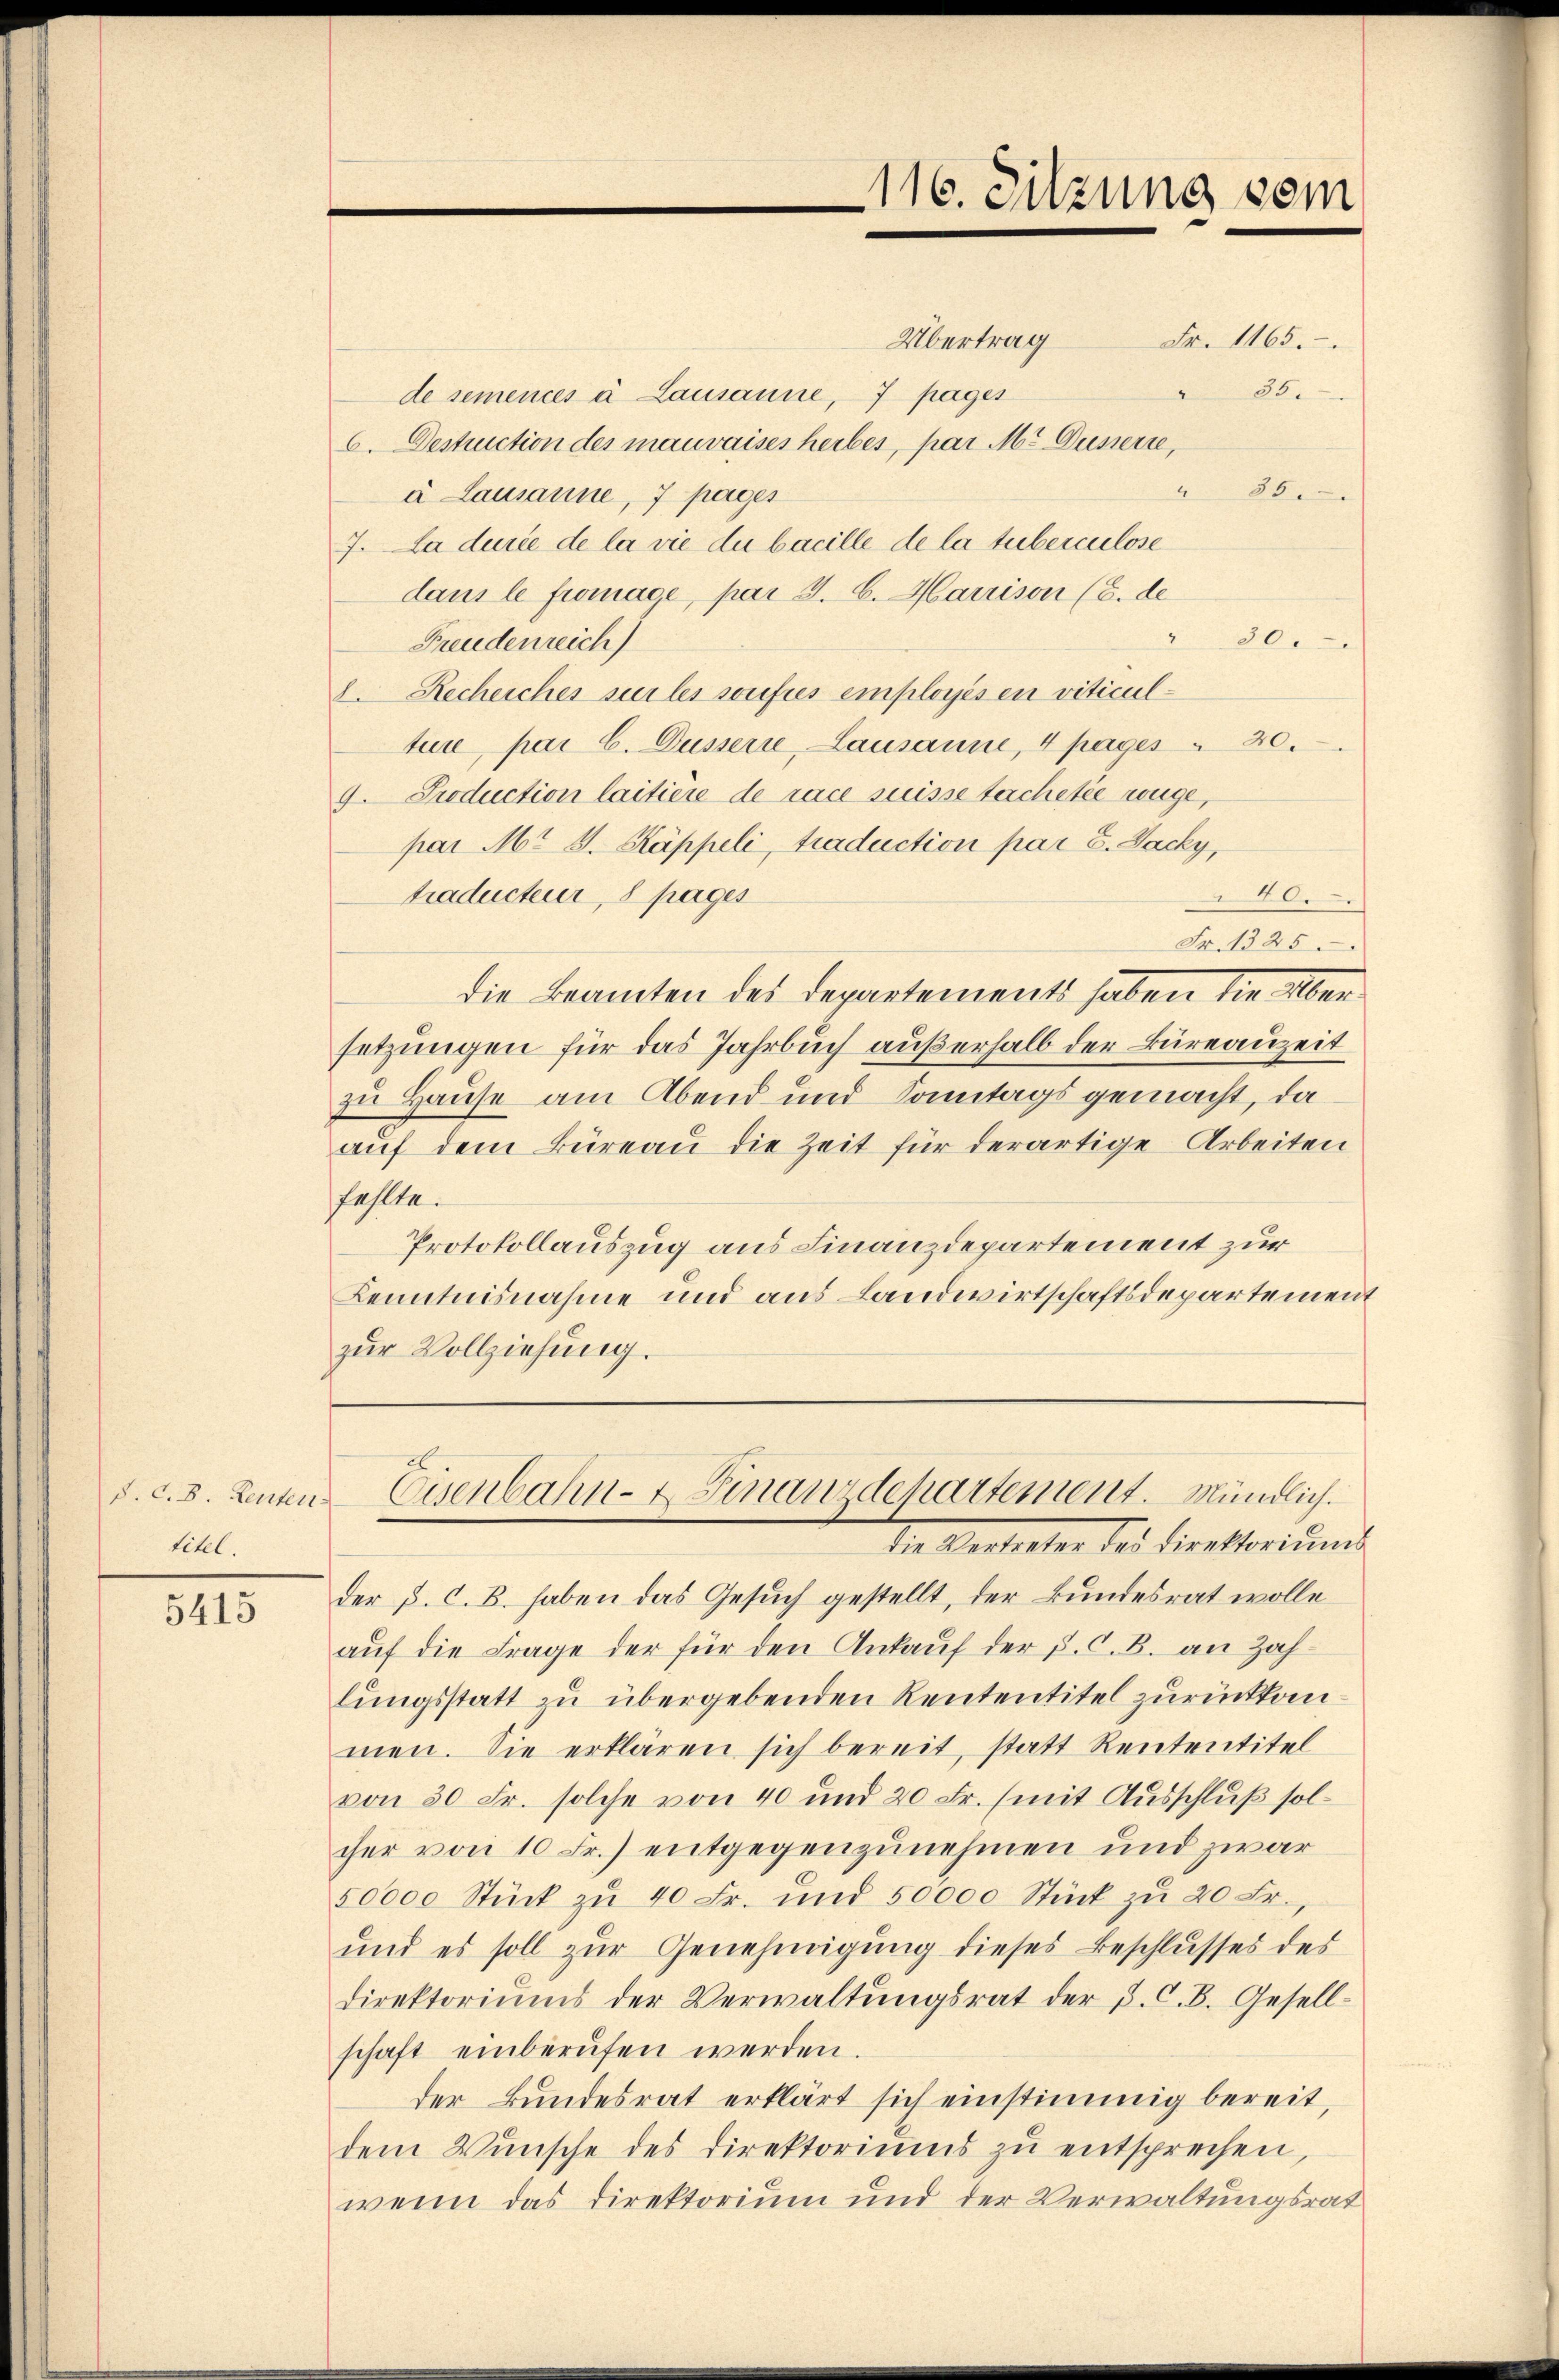
P. C.8. Leuten
titel.

5415

Übertrag
de semencées à Lausanne, 7 pages
6. Destruction des mauvaises herbes, par M. Düsserre,
“
à Lausanne, 7 pages
7. Da durée de la vie du bacille de la tuberculose
dans le fromage, par 3. 6. Marrison (8. de
30.
Freudenreich
2. Recheicher sur les sonifiés employés en viticulture par C. Düssern, Lausanne, 4 pages " 80.
9. Production laitière de race suisse tachetée wege,
par Mt S. Käppeli, traduction par 8. Jacky,
40.
traducteur, 8 pages
Fr. 1325.
die Beamten des Departements haben die Über-
setzungen für das Jahrbuch außerhalb der Büreauzeit
zu Hause am Abend und Sonntagsgemacht, da
aŭf dem Büreau die Zeit für derartige Arbeiten
fehlte.
Protokollauszug aus Finanzdepartement zur
Kenntnisnahme und aus Landwirtschaftsdepartement
zur Vollziehung.

116. Sitzung vom

Fr. 1165.
35.

86.

Eisenbahn- & Finanzdchartement. Mündlich.
die Vertreter bei Direktoriŭms

der p. C. B. haben das Gesuch gestellt, der Bundesrat wolle
auf die Frage der für den Ankauf der P. C. B. an Zahlungsstatt zu übergebenden Rententitel zurückkommen. Sie erklären sich bereit, statt Rententitel
von 30 Fr. solche von 40 und 20 Fr. (mit Ausschluß solcher von 10 Fr.) entgegenzunehmen und zwar
50000 Stück zŭ 40 Fr. und 50000 Stück zŭ 20 Fr.,
und es soll zur Genehmigung dieses Beschlusses des
direktoriŭms der Verwaltŭngsrat der P. C. B. Gesell-
schaft einberufen werden.
der Bundesrat erklärt sich einstimmig bereit,
dem Wünsche des Direktoriums zu entsprechen,
wenn das Direktorium und der Verwaltungsrat